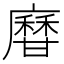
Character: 𤯎